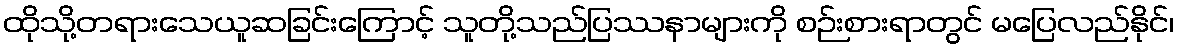
ထိုသို့တရားသေယူဆခြင်းကြောင့် သူတို့သည်ပြဿနာများကို စဉ်းစားရာတွင် မပြေလည်နိုင်၊